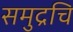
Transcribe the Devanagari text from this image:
समुद्रचि